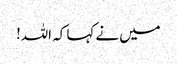
میں نے کہا کہ اللہ!